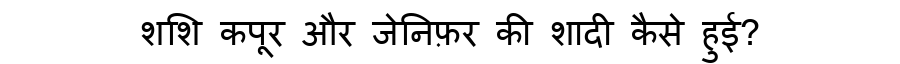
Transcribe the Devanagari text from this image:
शशि कपूर और जेनिफ़र की शादी कैसे हुई?